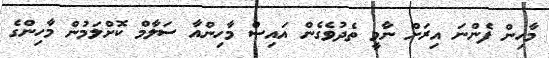
މާހިން ފެންނަ އިރަށް ނާމީ ތެދުވެގެން އައިސް މާހިންއާ ސަލާމް ކޮށްލަމުން މާހިންގެ